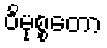
ဝိမုစ္စတော